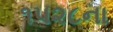
૧૫૨૮ના